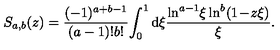
S _ { a , b } ( z ) = \frac { ( - 1 ) ^ { a + b - 1 } } { ( a - 1 ) ! b ! } \! \int _ { 0 } ^ { 1 } \mathrm { d } \xi \frac { \ln ^ { a - 1 } \! \xi \ln ^ { b } ( 1 \! - \! z \xi ) } { \xi } .